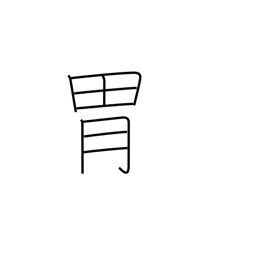
Meaning: paunch